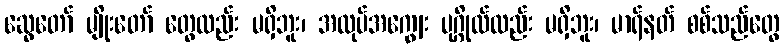
ဆွေတော် မျိုးတော် တွေလည်း မရှိဘူး၊ အလုပ်အကျွေး ပုဂ္ဂိုလ်လည်း မရှိဘူး၊ မာရ်နတ် စစ်သည်တွေ